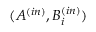
( A ^ { ( i n ) } , B _ { i } ^ { ( i n ) } )